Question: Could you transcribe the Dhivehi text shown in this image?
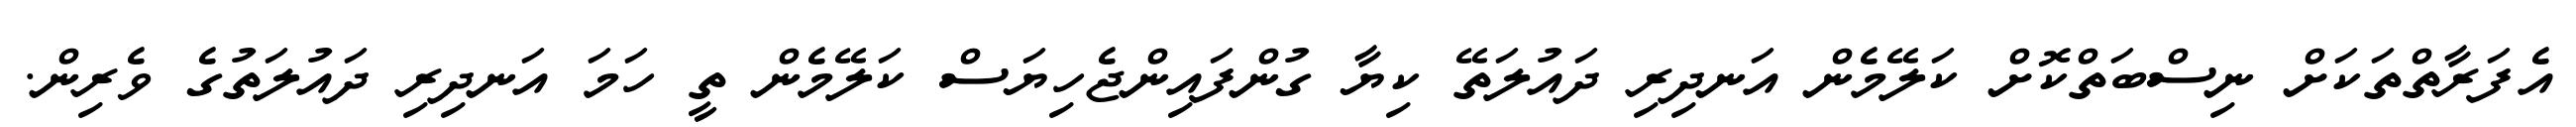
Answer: އެފަރާތްތަކަށް ނިސްބަތްކޮށް ކަލޭމެން އަނދިރި ދައުލަތޭ ކިޔާ ގުންފައިންޖެހިޔަސް ކަލޭމެން ތީ ހަމަ އަނދިރި ދައުލަތުގެ ވެރިން.